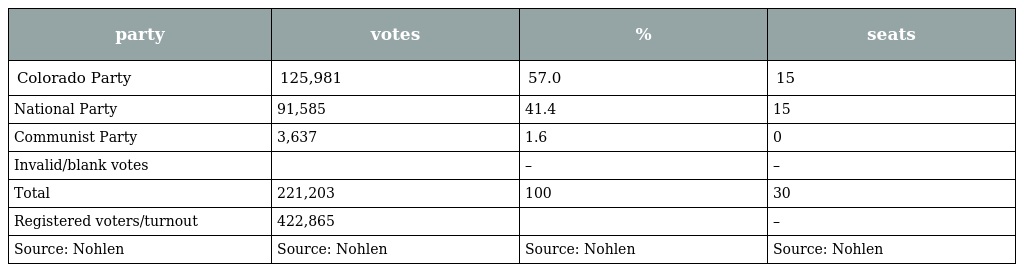
| party | votes | % | seats |
 | --- | --- | --- | --- |
 | Colorado Party | 125,981 | 57.0 | 15 |
 | National Party | 91,585 | 41.4 | 15 |
 | Communist Party | 3,637 | 1.6 | 0 |
 | Invalid/blank votes |  | – | – |
 | Total | 221,203 | 100 | 30 |
 | Registered voters/turnout | 422,865 |  | – |
 | Source: Nohlen | Source: Nohlen | Source: Nohlen | Source: Nohlen |